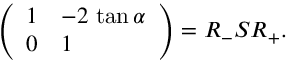
\left( \begin{array} { l l } { { 1 } } & { { - 2 \, \tan \alpha } } \\ { { 0 } } & { { 1 } } \end{array} \right) = R _ { - } S R _ { + } .